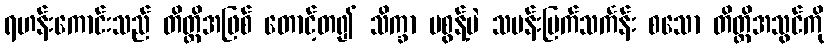
ရဟန်းကောင်းသည် တိတ္ထိအဖြစ် တောင့်တ၍ သိက္ခာ မစွန့်ပဲ သမန်းမြက်သင်္ကန်း စသော တိတ္ထိအသွင်ကို